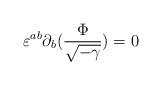
LaTeX: \begin{align*}\varepsilon^{ab} \partial_{b} (\frac {\Phi}{\sqrt{-\gamma}}) = 0\end{align*}